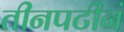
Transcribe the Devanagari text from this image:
तीनपटीनं